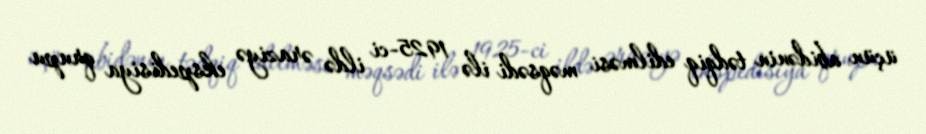
üçün abidənin tədqiq edilməsi məqsədi ilə 1925-ci ildə əraziyə ekspedisiya qrupu